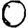
Digit: 0